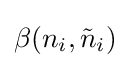
\beta (n_{i},{\tilde {n}}_{i})